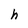
Character: h